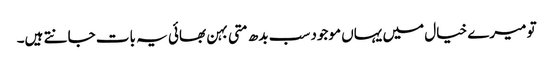
تو میرے خیال میں یہاں موجود سب بدھ متی بہن بھائی یہ بات جانتے ہیں۔